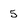
Character: 5